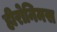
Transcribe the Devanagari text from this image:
हीरोनिमस